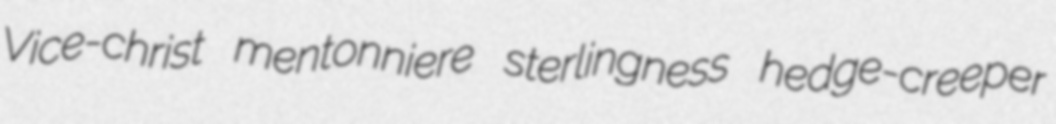
Vice-christ mentonniere sterlingness hedge-creeper